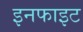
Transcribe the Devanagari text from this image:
इनफाइट